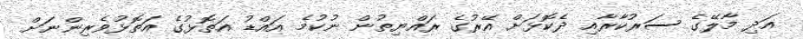
އަދި މާލޭގެ ސަރުކާރާއި ދެކޮޅަށް އޭރުގެ ރައްޔިތުން ނުކުމެ އައްޑު އަތޮޅުގެ އަތޮޅުވެރިންނަށް